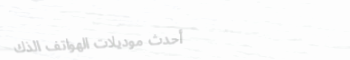
أحدث موديلات الهواتف الذك